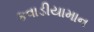
કવાડીયામાન